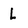
Character: L